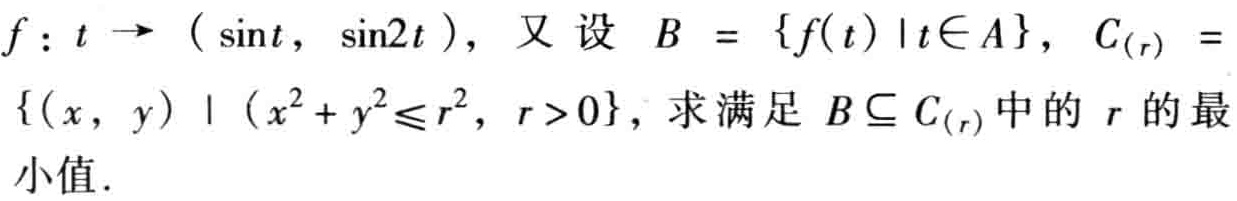
\(f:t\rightarrow(\sin t,\sin2t)\)，又设 \(B = \{f(t)\mid t\in A\}\)，\(C_{(r)} = \{(x,y)\mid(x^{2}+y^{2}\leq r^{2},r > 0)\}\)，求满足 \(B\subseteq C_{(r)}\)中的 \(r\)的最小值.